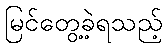
မြင်တွေ့ခဲ့ရသည့်